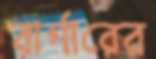
বার্গারের